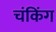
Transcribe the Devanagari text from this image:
चंकिंग